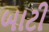
બાટી